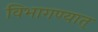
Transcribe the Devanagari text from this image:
विभागण्यात्